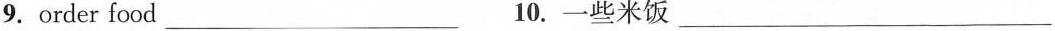
9.order food ___ 10.一些米饭 ___